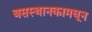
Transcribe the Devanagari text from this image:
बसस्थानकामधून